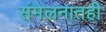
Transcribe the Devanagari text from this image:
संमेलनातही